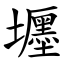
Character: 壥